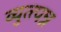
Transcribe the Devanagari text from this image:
व्युत्त्पन्न